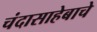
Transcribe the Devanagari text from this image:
चंदासाहेबाचे